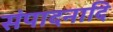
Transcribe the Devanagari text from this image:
संपादनादि